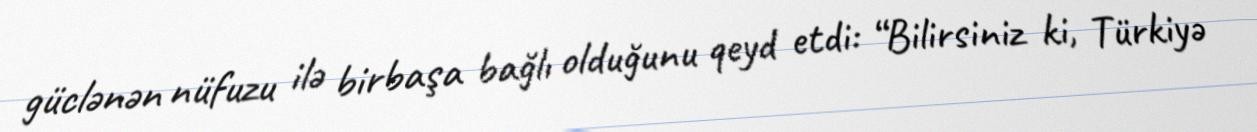
güclənən nüfuzu ilə birbaşa bağlı olduğunu qeyd etdi: “Bilirsiniz ki, Türkiyə